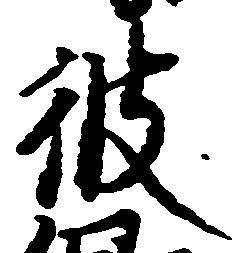
彼